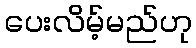
ပေးလိမ့်မည်ဟု